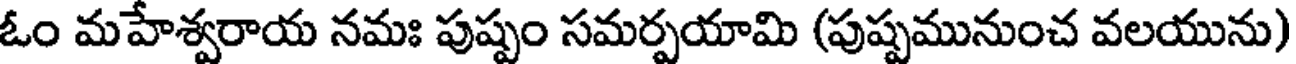
ఓం మహేశ్వరాయ నమః పుష్పం సమర్పయామి (పుష్పమునుంచ వలయును)